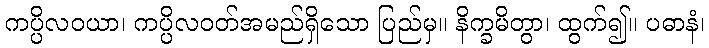
ကပ္ပိလဝယာ၊ ကပ္ပိလဝတ်အမည်ရှိသော ပြည်မှ။ နိက္ခမိတွာ၊ ထွက်၍။ ပဓာနံ၊